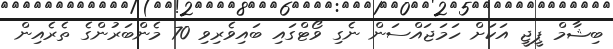
ބިޝާމް ޕީޖީ އަކަށް ހަމަޖައްސަން ނެގި ވޯޓްގައި ބައިވެރިވި 70 މެންބަރުންގެ ތެރެއިން